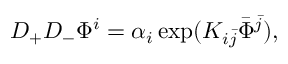
D _ { + } D _ { - } \Phi ^ { i } = \alpha _ { i } \exp ( K _ { i \bar { j } } \bar { \Phi } ^ { \bar { j } } ) ,